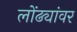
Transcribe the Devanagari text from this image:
लोंढ्यांवर